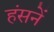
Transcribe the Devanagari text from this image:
हंसनें